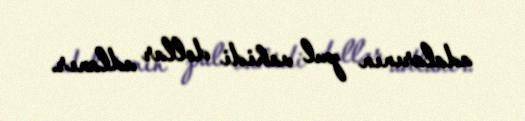
adalarının pul vahidi dollar adlanır.